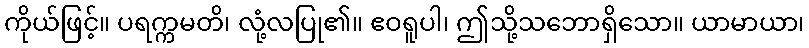
ကိုယ်ဖြင့်။ ပရက္ကမတိ၊ လုံ့လပြု၏။ ဧဝရူပါ၊ ဤသို့သဘောရှိသော။ ယာမာယာ၊